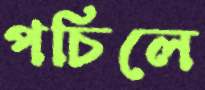
পচিলে